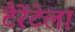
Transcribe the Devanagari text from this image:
टैरेंटेला